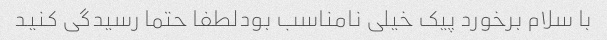
با سلام برخورد پیک خیلی نامناسب بودلطفا حتما رسیدگی کنید